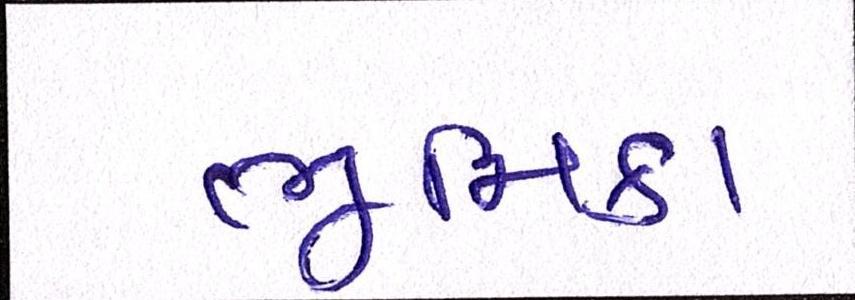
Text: ભૂમિકા